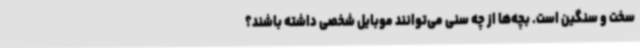
سخت و سنگین است. بچه‌ها از چه سنی می‌توانند موبایل شخصی داشته باشند؟